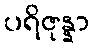
ပရိဇုန္နာ